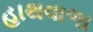
હાથવાળા